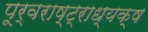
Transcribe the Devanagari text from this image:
पूर्वराष्ट्राध्यक्ष